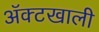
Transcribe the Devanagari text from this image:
ॲक्टखाली